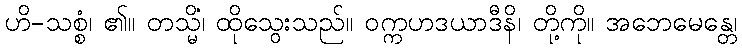
ဟိ-သစ္စံ၊ ၏။ တသ္မိံ၊ ထိုသွေးသည်။ ဝက္ကဟဒယာဒီနိ၊ တို့ကို။ အဘေမေန္တေ၊